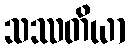
သဿတိယာ